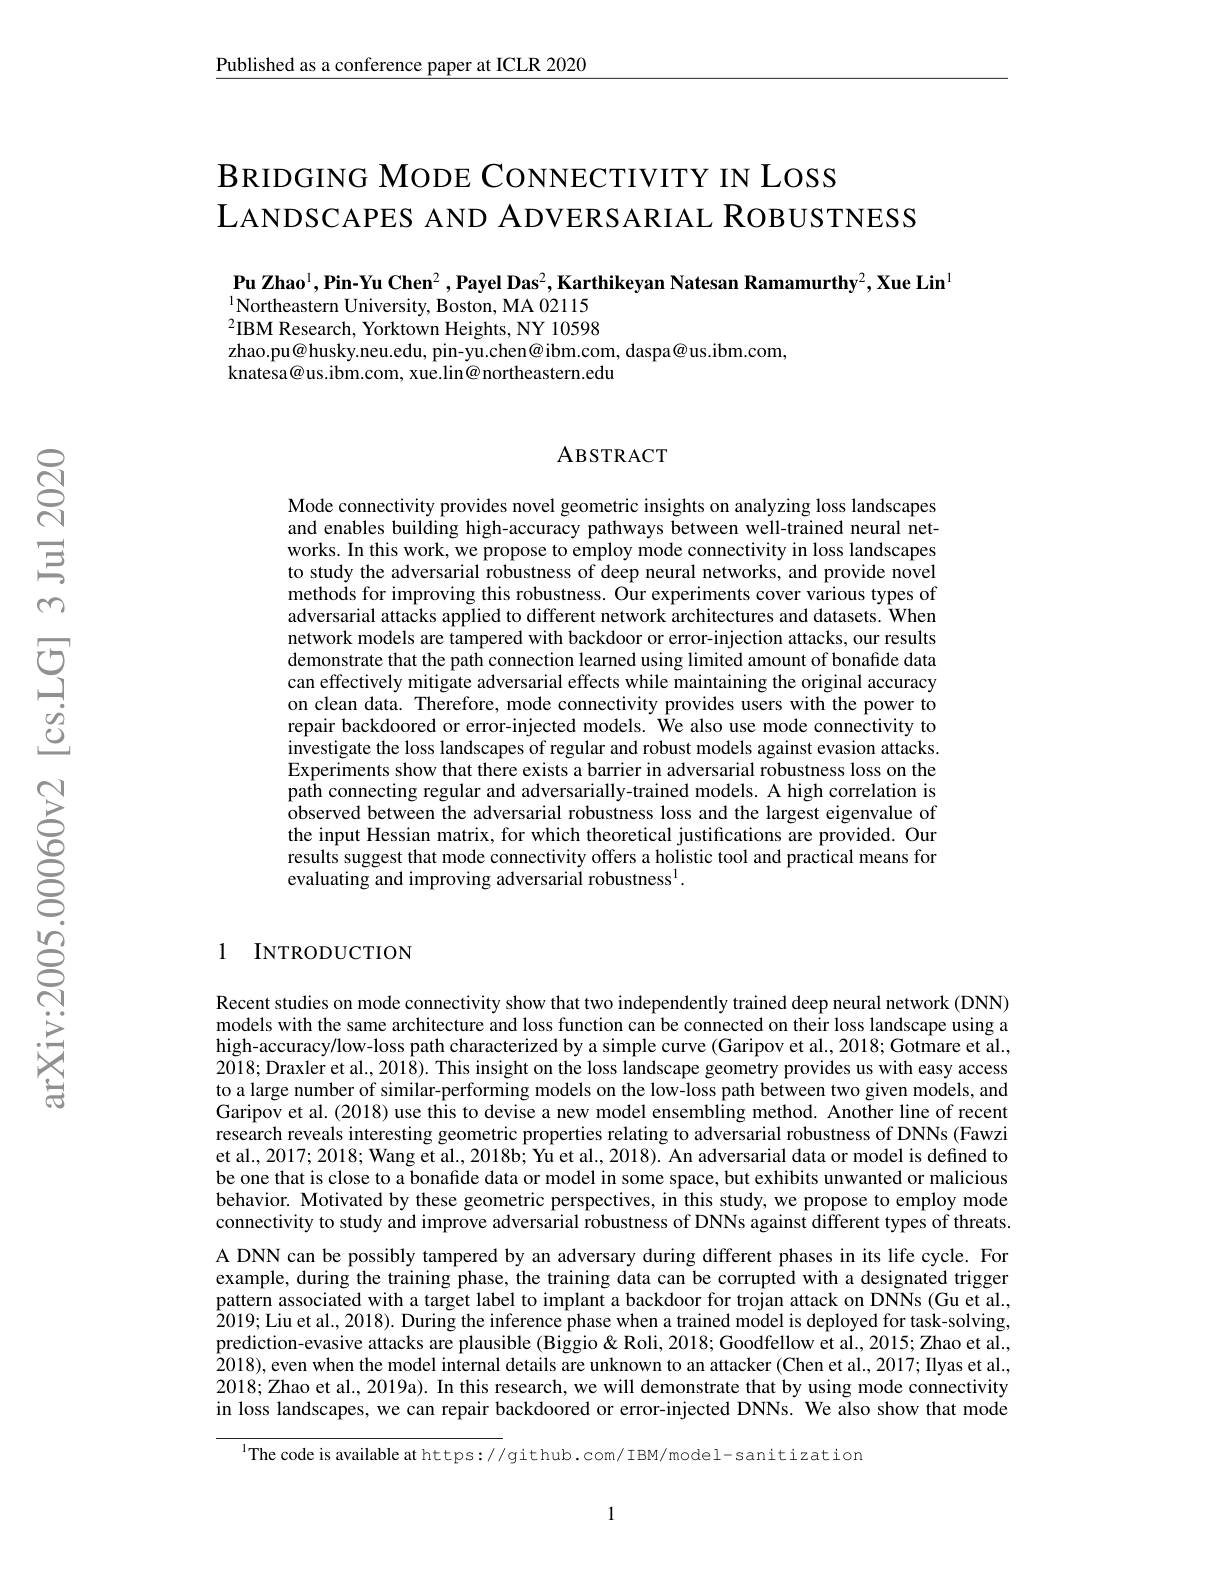
$\underline{\text{Published as a conference paper at ICLR 2020}}$

BRIDGING MODE CONNECTIVITY IN LOSS
LANDSCAPES AND ADVERSARIAL ROBUSTNESS

$\textbf{Pu Zhao}^1,\textbf{Pin-Yu Chen}^2,\textbf{Payel Das}^2,\textbf{Karthikeyan Natesan Ramamurthy}^2,\textbf{Xue Lin}^1$
$^{1}$Northeastern University, Boston, MA 02115 $^{2}$IBM Research, Yorktown Heights, NY 10598 zhao.pu@husky.neu.edu, pin-yu.chen@ibm.com, daspa@us.ibm.com,
$\hat{\text{knatesa@us.ibm.com, xue.lin@northeastern.edu}}$

### ABSTRACT

Mode connectivity provides novel geometric insights on analyzing loss landscapes and enables building high-accuracy pathways between well-trained neural networks. In this work, we propose to employ mode connectivity in loss landscapes to study the adversarial robustness of deep neural networks, and provide novel methods for improving this robustness. Our experiments cover various types of adversarial attacks applied to different network architectures and datasets. When network models are tampered with backdoor or error-injection attacks, our results demonstrate that the path connection learned using limited amount of bonafide data can effectively mitigate adversarial effects while maintaining the original accuracy on clean data. Therefore, mode connectivity provides users with the power to repair backdoored or error-injected models. $\hat{\text{We alsouse mode connectivity to}}$ investigate the loss landscapes of regular and robust models against evasion attacks. Experiments show that there exists a barrier in adversarial robustness loss on the path connecting regular and adversarially-trained models. A high correlation is observed between the adversarial robustness loss and the largest eigenvalue of the input Hessian matrix, for which theoretical justifications are provided. Our results suggest that mode connectivity offers a holistic tool and practical means for evaluating and improving adversarial robustness$^{\mathrm{l}}.$

1 INTRODUCTION

Recent studies on mode connectivity show that two independently trained deep neural network (DNN) models with the same architecture and loss function can be connected on their loss landscape using a high-accuracy/low-loss path characterized by a simple curve (Garipov et al., 2018; Gotmare et al., 2018; Draxler et al., 201$\hat{8}).$ This insight on the loss landscape geometry provides us with easy access to a large number of similar-performing models on the low-loss path between two given models, and Garipov et al. (2018) use this to devise a new model ensembling method. Another line of recent research reveals interesting geometric properties relating to adversarial robustness of DNNs (Fawzi et al., 2017; 2018; Wang et al., 2018b; Yu et al., 2018). An adversarial data or model is defined to be one that is close to a bonafide data or model in some space, but exhibits unwanted or malicious behavior. Motivated by these geometric perspectives, in this study, we propose to employ mode connectivity to study and improve adversarial robustness of DNNs against different types of threats. A DNN can be possibly tampered by an adversary during different phases in its life cycle. For example, during the training phase, the training data can be corrupted with a designated trigger pattern associated with a target label to implant a backdoor for trojan attack on DNNs (Gu et al. 2019; Liu et al., 2018). During the inference phase when a trained model is deployed for task-solving, prediction-evasive attacks are plausible (Biggio&Roli,2018; Goodfellow et al., 2015; Zhao et al., $\hat{2}018)$,even when the model internal details are unknown to an attacker (Chen et al.,2017; Ilyas et al., 2018; Zhao et al., 2019a). In this research, we will demonstrate that by using mode connectivity in loss landscapes, we can repair backdoored or error-injected DNNs. We also show that mode

$^{\text{l}}$The code is available at https://github.com/IBM/model-sanitization

1